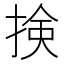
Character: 𢮦